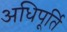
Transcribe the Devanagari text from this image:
अधिपूर्ति